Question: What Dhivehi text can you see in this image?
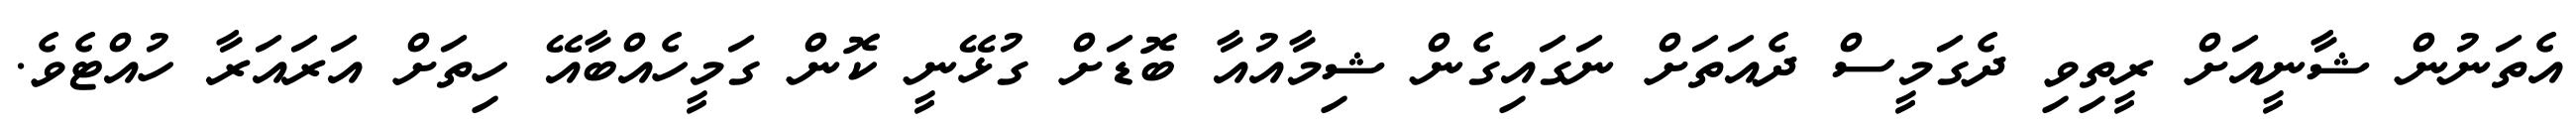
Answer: އެތަނުން ޝާނީއަށް ރީތިވި ދެގަމީސް ދެއަތަށް ނަގައިގެން ޝިމާއުއާ ބޮޑަށް ގުޅޭނީ ކޮން ގަމީހެއްބާއޭ ހިތަށް އަރައަރާ ހުއްޓެވެ.